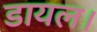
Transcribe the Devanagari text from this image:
डायल।